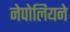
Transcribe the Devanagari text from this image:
नेपोलियने